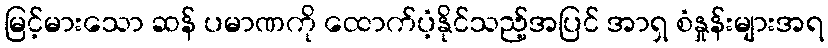
မြင့်မားသော ဆန် ပမာဏကို ထောက်ပံ့နိုင်သည့်အပြင် အာရှ စံနှုန်းများအရ